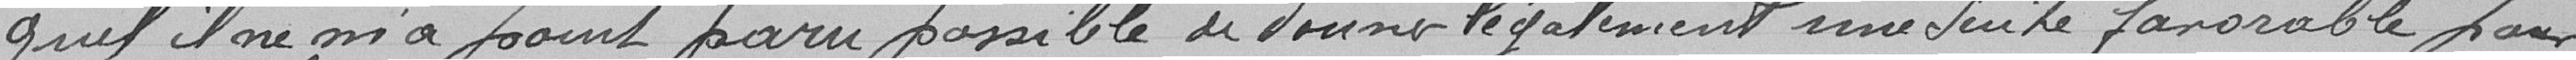
quel, il ne m'a point paru possible de donner légalement une suite favorable pour